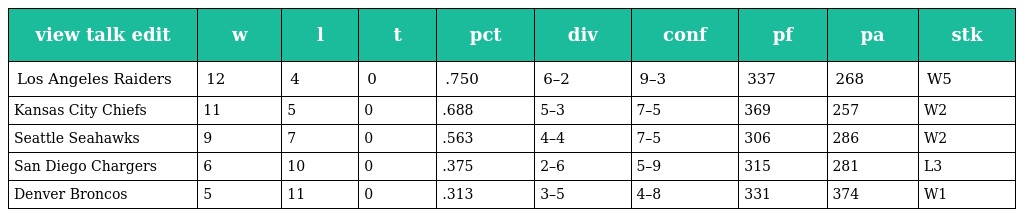
| view talk edit | w | l | t | pct | div | conf | pf | pa | stk |
 | --- | --- | --- | --- | --- | --- | --- | --- | --- | --- |
 | Los Angeles Raiders | 12 | 4 | 0 | .750 | 6–2 | 9–3 | 337 | 268 | W5 |
 | Kansas City Chiefs | 11 | 5 | 0 | .688 | 5–3 | 7–5 | 369 | 257 | W2 |
 | Seattle Seahawks | 9 | 7 | 0 | .563 | 4–4 | 7–5 | 306 | 286 | W2 |
 | San Diego Chargers | 6 | 10 | 0 | .375 | 2–6 | 5–9 | 315 | 281 | L3 |
 | Denver Broncos | 5 | 11 | 0 | .313 | 3–5 | 4–8 | 331 | 374 | W1 |